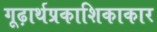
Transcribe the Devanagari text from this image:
गूढ़ार्थप्रकाशिकाकार